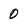
Character: 0